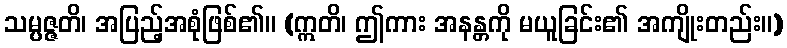
သမ္ပဇ္ဇတိ၊ အပြည့်အစုံဖြစ်၏။ (ဣတိ၊ ဤကား အနန္တကို မယူခြင်း၏ အကျိုးတည်း။)